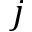
j